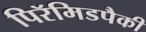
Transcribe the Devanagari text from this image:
पिरॅमिडपैकी